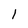
Character: 1